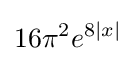
16\pi ^{2}e^{8|x|}